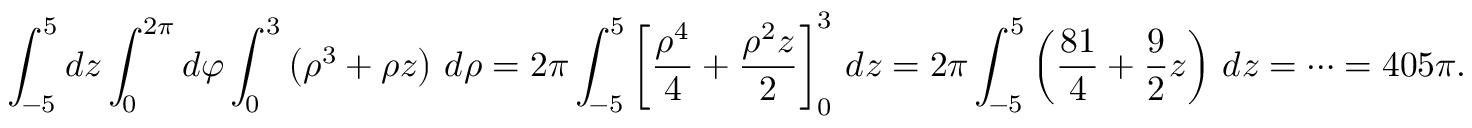
\int _ { - 5 } ^ { 5 } d z \int _ { 0 } ^ { 2 \pi } d \varphi \int _ { 0 } ^ { 3 } \left( \rho ^ { 3 } + \rho z \right) \, d \rho = 2 \pi \int _ { - 5 } ^ { 5 } \left[ { \frac { \rho ^ { 4 } } { 4 } } + { \frac { \rho ^ { 2 } z } { 2 } } \right] _ { 0 } ^ { 3 } \, d z = 2 \pi \int _ { - 5 } ^ { 5 } \left( { \frac { 8 1 } { 4 } } + { \frac { 9 } { 2 } } z \right) \, d z = \cdots = 4 0 5 \pi .